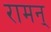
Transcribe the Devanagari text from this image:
रामन्‌